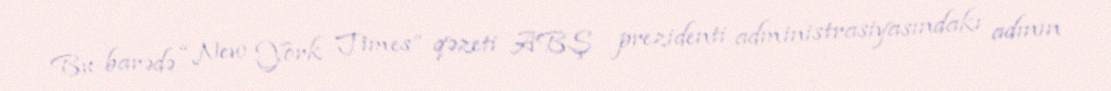
Bu barədə “New York Times” qəzeti ABŞ prezidenti administrasiyasındakı adının